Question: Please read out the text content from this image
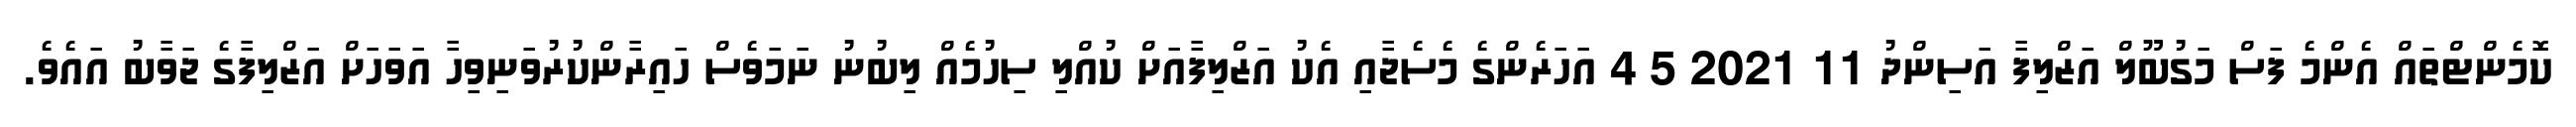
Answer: ކޮމެންޓްތައް އެންމެ ފަސް މަގުބޫލް އަޒްލިފާ އަސިންދު 11 2021 5 4 އަހަރެންގެ މެސެޖާއި އެކު އަޒްލިފާއަށް ކުއްލި ސިހުމެއް ލިބުނު ނަމަވެސް ހައިރާންކުރުވަނިވިހާ އަވަހަށް އަޒްލިފާގެ ޖަވާބު އައެވެ.